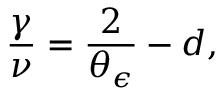
\frac { \gamma } { \nu } = \frac { 2 } { \theta _ { \epsilon } } - d ,